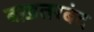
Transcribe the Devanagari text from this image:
बख़तरबंद